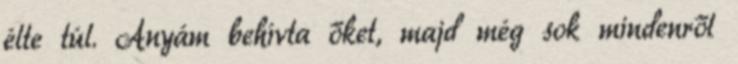
élte túl. Anyám behívta őket, majd még sok mindenről